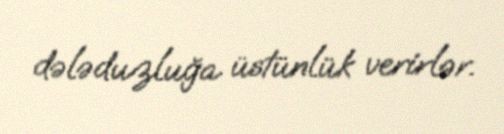
dələduzluğa üstünlük verirlər.